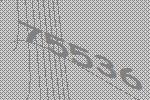
75536